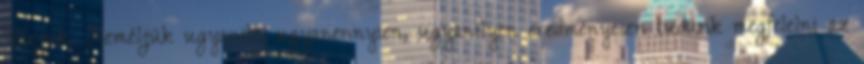
Várjuk. Reméljük ugyanitt, ugyanennyien, ugyanilyen eredményesen tudunk megfelelni az